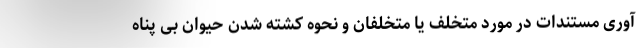
آوری مستندات در مورد متخلف یا متخلفان و نحوه کشته شدن حیوان بی پناه